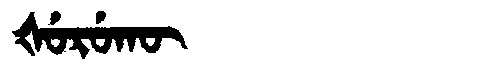
Manchu: ᡧᡠᡵᡠᡴᡡ
Romanization: ŠURUKŪ